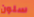
سلون